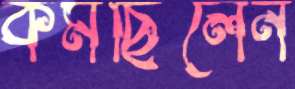
কমছিলেন